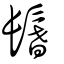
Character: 鬐